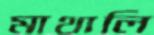
মাথালি